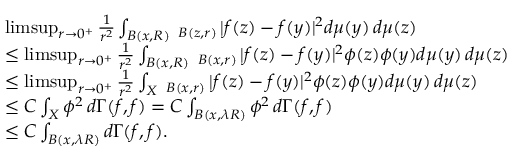
\begin{array} { r l } & { \operatorname* { l i m s u p } _ { r \to 0 ^ { + } } \frac { 1 } { r ^ { 2 } } \int _ { B ( x , R ) } \fint _ { B ( z , r ) } | f ( z ) - f ( y ) | ^ { 2 } d \mu ( y ) \, d \mu ( z ) } \\ & { \leq \operatorname* { l i m s u p } _ { r \to 0 ^ { + } } \frac { 1 } { r ^ { 2 } } \int _ { B ( x , R ) } \fint _ { B ( x , r ) } | f ( z ) - f ( y ) | ^ { 2 } \phi ( z ) \phi ( y ) d \mu ( y ) \, d \mu ( z ) } \\ & { \leq \operatorname* { l i m s u p } _ { r \to 0 ^ { + } } \frac { 1 } { r ^ { 2 } } \int _ { X } \fint _ { B ( x , r ) } | f ( z ) - f ( y ) | ^ { 2 } \phi ( z ) \phi ( y ) d \mu ( y ) \, d \mu ( z ) } \\ & { \leq C \int _ { X } \phi ^ { 2 } \, d \Gamma ( f , f ) = C \int _ { B ( x , \lambda R ) } \phi ^ { 2 } \, d \Gamma ( f , f ) } \\ & { \leq C \int _ { B ( x , \lambda R ) } d \Gamma ( f , f ) . } \end{array}